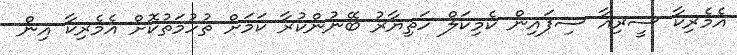
އެމެރިކާ ސީރިއާ ސިފައިން ކެމިކަލް ހަތިޔާރު ބޭނުންކުރާ ކަމަށް ތުހުމަތުކޮށް އެމެރިކާ އިން